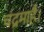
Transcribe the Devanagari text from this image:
चंद्रमाहै।